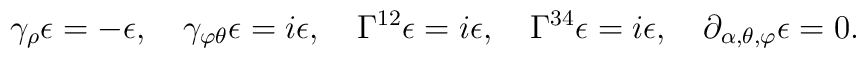
\gamma_{\rho}\epsilon = -\epsilon, \quad \gamma_{\varphi\theta}\epsilon=i\epsilon, \quad  \Gamma^{12}\epsilon= i\epsilon, \quad  \Gamma^{34}\epsilon= i\epsilon,\quad  \partial_{\alpha,\theta,\varphi}\epsilon = 0.